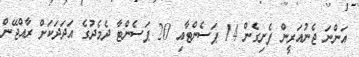
އަންނަ ޖެނުއަރީން ފެށިގެން 14 ޕަސެންޓާއި 20 ޕަސެންޓާ ދެމެދުގެ އަދަދަކަށް ރާއްޖޭން